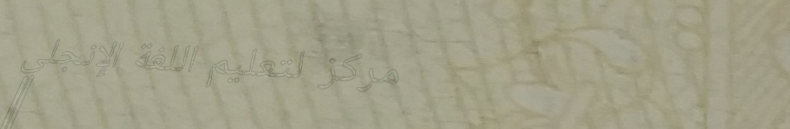
مركز لتعليم اللغة الإنجلي